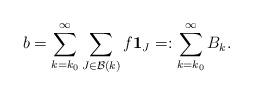
LaTeX: \begin{align*}b = \sum_{k=k_0} ^{\infty } \sum_{J\in \mathcal B (k)} f \mathbf 1_{J} =: \sum_{k=k_0} ^{\infty } B_k . \end{align*}